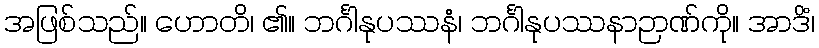
အဖြစ်သည်။ ဟောတိ၊ ၏။ ဘင်္ဂါနုပဿနံ၊ ဘင်္ဂါနုပဿနာဉာဏ်ကို။ အာဒိံ၊